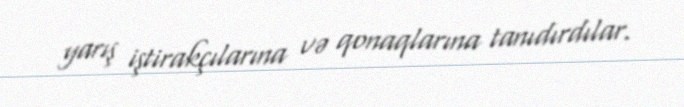
yarış iştirakçılarına və qonaqlarına tanıdırdılar.